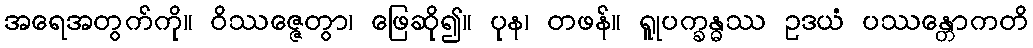
အရေအတွက်ကို။ ဝိဿဇ္ဇေတွာ၊ ဖြေဆို၍။ ပုန၊ တဖန်။ ရူုပက္ခန္ဓဿ ဥဒယံ ပဿန္တောကတိ